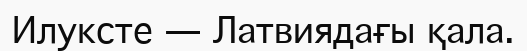
Илуксте — Латвиядағы қала.